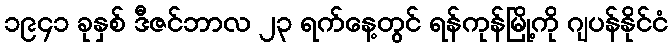
၁၉၄၁ ခုနှစ် ဒီဇင်ဘာလ ၂၃ ရက်နေ့တွင် ရန်ကုန်မြို့ကို ဂျပန်နိုင်ငံ